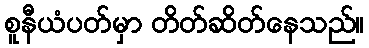
စူနီယံပတ်မှာ တိတ်ဆိတ်နေသည်။